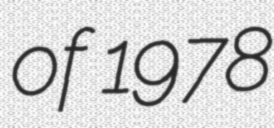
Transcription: of 1978